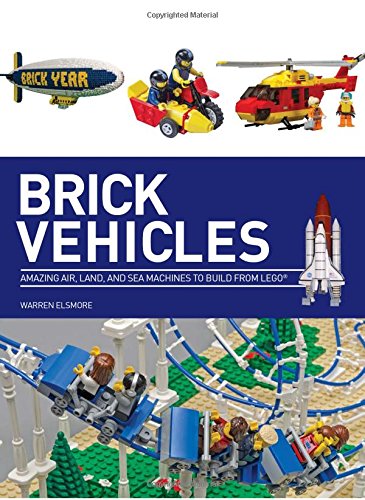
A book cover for Brick Vehicles: Amazing Air, Land, and Sea Machines to Build from LEGOÂ®; Warren Elsmore; Crafts, Hobbies & Home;